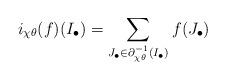
LaTeX: \begin{align*} i_{\chi\theta}(f)(I_\bullet) = \sum_{J_\bullet\in \partial_{\chi\theta}^{-1}(I_\bullet)} f(J_\bullet)\end{align*}